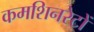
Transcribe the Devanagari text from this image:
कमशिनरेटों